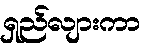
ရှည်လျားကာ